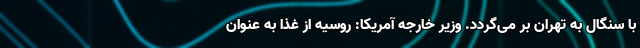
با سنگال به تهران بر می‌گردد. وزیر خارجه آمریکا: روسیه از غذا به عنوان